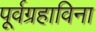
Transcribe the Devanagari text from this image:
पूर्वग्रहाविना